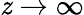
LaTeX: \mathit{z}\to\infty